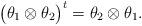
LaTeX: \begin{align*}\big( \theta_1\otimes \theta_2\big)^t=\theta_2\otimes \theta_1.\end{align*}